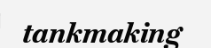
tankmaking